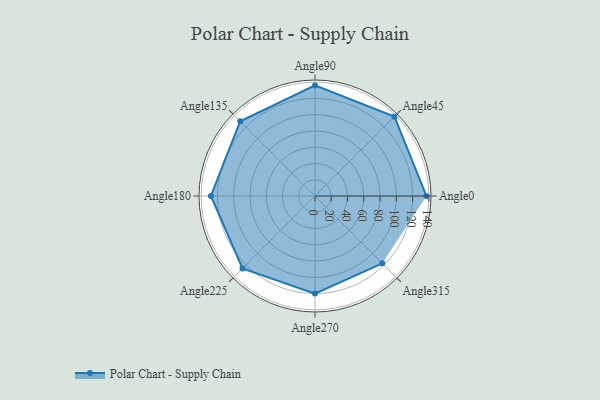
{"axis": {"x": "Angle", "y": "Radius"}, "legend": [""], "data": [{"x": "Angle0", "y": 137.0, "type": ""}, {"x": "Angle45", "y": 138.0, "type": ""}, {"x": "Angle90", "y": 136.0, "type": ""}, {"x": "Angle135", "y": 130.0, "type": ""}, {"x": "Angle180", "y": 128.0, "type": ""}, {"x": "Angle225", "y": 126.0, "type": ""}, {"x": "Angle270", "y": 120.0, "type": ""}, {"x": "Angle315", "y": 117.0, "type": ""}]}